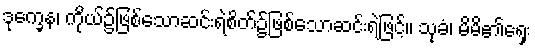
ဒုက္ခေန၊ ကိုယ်၌ဖြစ်သောဆင်းရဲစိတ်၌ဖြစ်သောဆင်းရဲဖြင့်။ သုခံ၊ မိမိ၏ရှေး